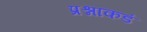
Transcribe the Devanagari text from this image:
प्रश्नाकडं